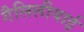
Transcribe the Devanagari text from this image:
गैलिलीयाई